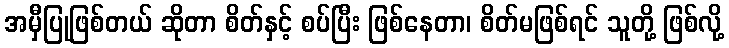
အမှီပြုဖြစ်တယ် ဆိုတာ စိတ်နှင့် စပ်ပြီး ဖြစ်နေတာ၊ စိတ်မဖြစ်ရင် သူတို့ ဖြစ်လို့